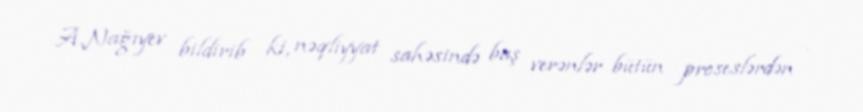
A.Nağıyev bildirib ki, nəqliyyat sahəsində baş verənlər bütün proseslərdən -